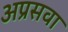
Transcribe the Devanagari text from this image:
अप्रसवा